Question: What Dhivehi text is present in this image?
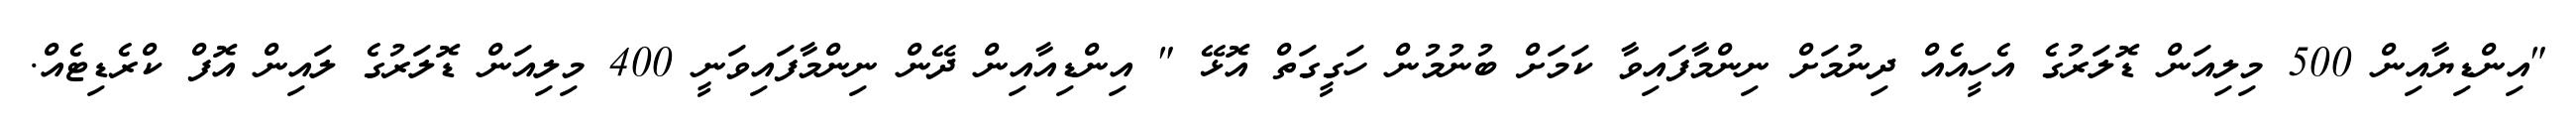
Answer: "އިންޑިޔާއިން 500 މިލިއަން ޑޮލަރުގެ އެހީއެއް ދިނުމަށް ނިންމާފައިވާ ކަމަށް ބުނުމުން ހަގީގަތް އޮޅޭ " އިންޑިއާއިން ދޭން ނިންމާފައިވަނީ 400 މިލިއަން ޑޮލަރުގެ ލައިން އޮފް ކްރެޑިޓެއް.